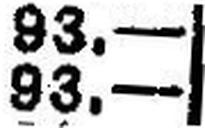
93.—